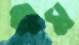
ক্ষম